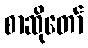
စာဆိုတော်